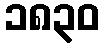
၁၈၃၀